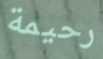
رحيمة